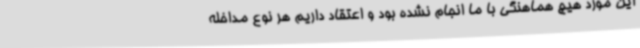
این مورد هیچ هماهنگی با ما انجام نشده بود و اعتقاد داریم هر نوع مداخله